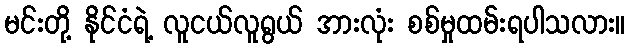
မင်းတို့ နိုင်ငံရဲ့ လူငယ်လူရွယ် အားလုံး စစ်မှုထမ်းရပါသလား။